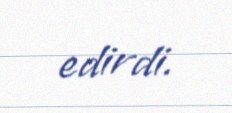
edirdi.